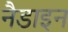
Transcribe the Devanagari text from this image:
नैडाइन